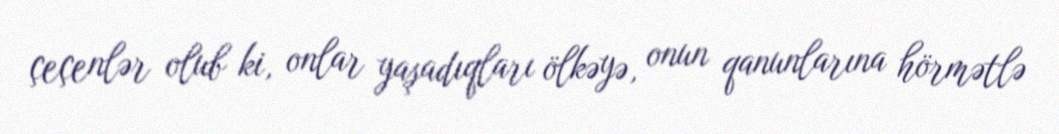
çeçenlər olub ki, onlar yaşadıqları ölkəyə, onun qanunlarına hörmətlə